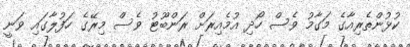
ކުޅުންތެރިއާގެ މަގާމު ވެސް ހޯދި އުމެއިރަށް ރަންބޫޓު ވެސް މިރޭގެ ހަފުލާގައި ވަނީ